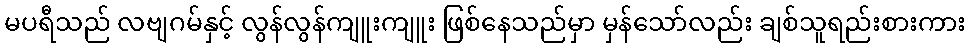
မပရီသည် လဗျဂမ်နှင့် လွန်လွန်ကျူးကျူး ဖြစ်နေသည်မှာ မှန်သော်လည်း ချစ်သူရည်းစားကား